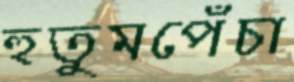
হুতুমপেঁচা